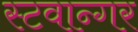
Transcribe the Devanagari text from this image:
स्टवान्गर